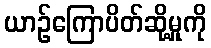
ယာဉ်ကြောပိတ်ဆို့မှုကို